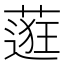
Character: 𬞅